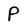
Character: P